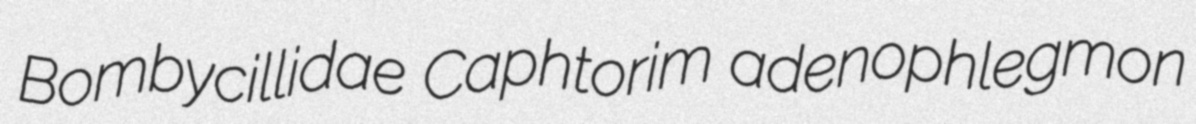
Bombycillidae Caphtorim adenophlegmon